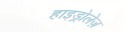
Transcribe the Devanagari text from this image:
हाइड्रोलेज़